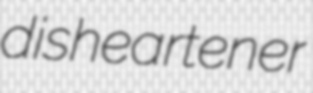
disheartener